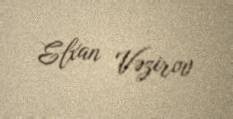
Elxan Vəzirov